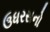
ઉધરસનો